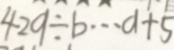
4 2 9 \div b \cdots a + 5